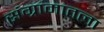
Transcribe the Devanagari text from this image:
संग्रामातला